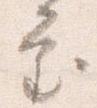
審